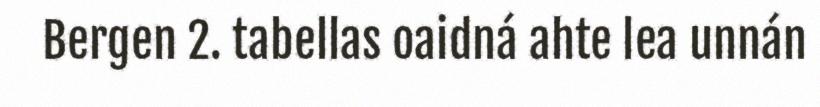
Bergen 2. tabellas oaidná ahte lea unnán